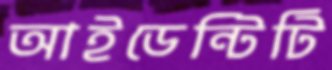
আইডেন্টিটি